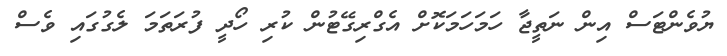
ޔުވެންޓަސް އިން ނަތީޖާ ހަމަހަމަކޮށް އެގްރިގޭޓުން ކުރި ހޯދީ ފުރަތަމަ ލެގުގައި ވެސް